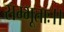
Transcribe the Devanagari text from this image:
सम्भूताः।।